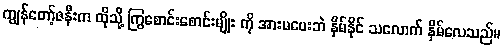
ကျွန်တော့်ဇနီးက ထိုသို့ ကြွစောင်းစောင်းမျိုး ကို အားမပေးဘဲ နှိမ်နိုင် သလောက် နှိမ်လေသည်။